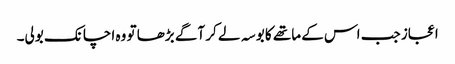
اعجاز جب اس کے ماتھے کا بوسہ لے کر آگے بڑھا تو وہ اچانک بولی۔